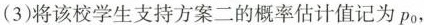
(3)将该校学生支持方案二的概率估计值记为p_0，